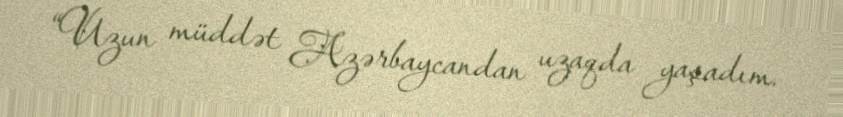
“Uzun müddət Azərbaycandan uzaqda yaşadım.